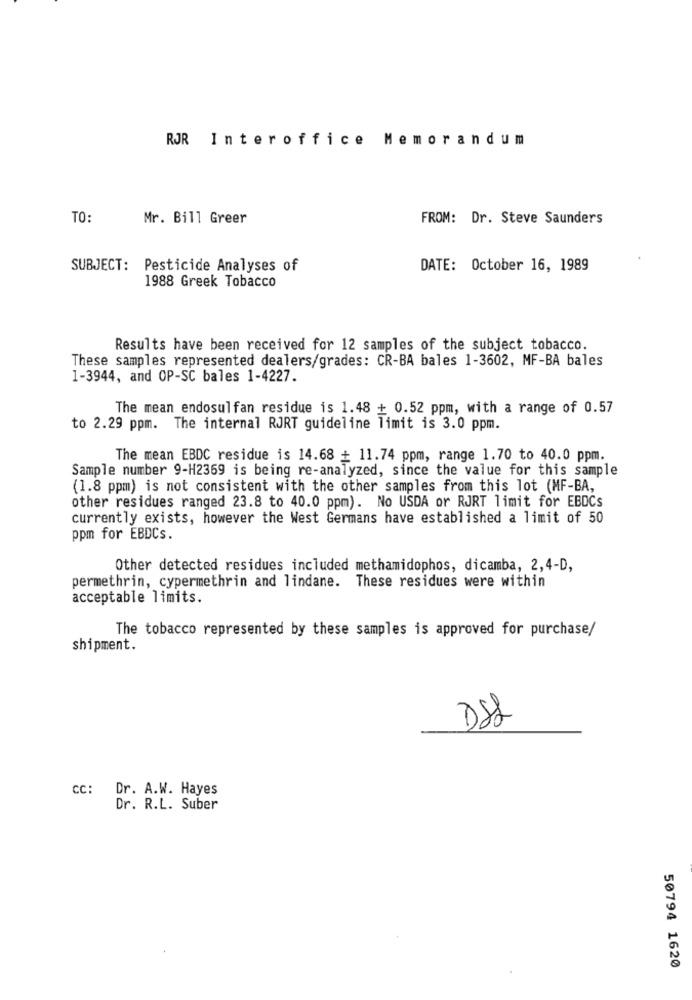
RJR Interoffice Memorandum
TO:
Mr. Bill Greer
FROM: Dr. Steve Saunders
SUBJECT: Pesticide Analyses of
DATE: October 16, 1989
1988 Greek Tobacco
Results have been received for 12 samples of the subject tobacco.
These samples represented dealers/grades: CR-BA bales 1-3602, MF-BA bales
1-3944, and OP-SC bales 1-4227.
The mean endosulfan residue is 1.48 + 0.52 ppm, with a range of 0.57
to 2.29 ppm. The internal RJRT guideline limit is 3.0 ppm.
The mean EBDC residue is 14.68 + 11.74 ppm, range 1.70 to 40.0 ppm.
Sample number 9-H2369 is being re-analyzed, since the value for this sample
(1.8 ppm) is not consistent with the other samples from this lot (MF-BA,
other residues ranged 23.8 to 40.0 ppm). No USDA or RJRT limit for EBDCs
currently exists, however the West Germans have established a limit of 50
ppm for EBDCs.
Other detected residues included methamidophos, dicamba, 2,4-D,
permethrin, cypermethrin and lindane. These residues were within
acceptable limits.
The tobacco represented by these samples is approved for purchase/
shipment.
DSL
CC: Dr. A.W. Hayes
Dr. R.L. Suber
50794 1620